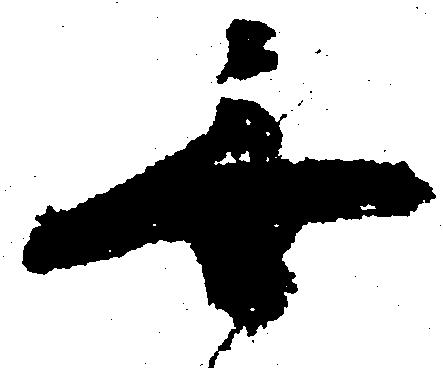
無